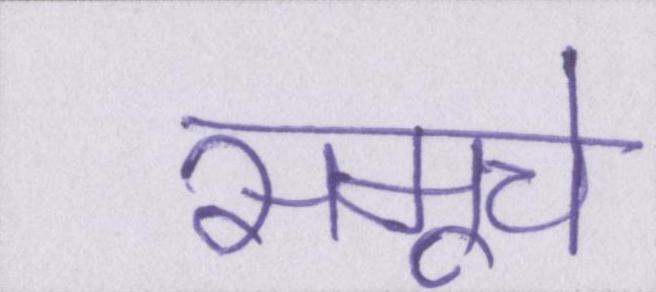
समूचे